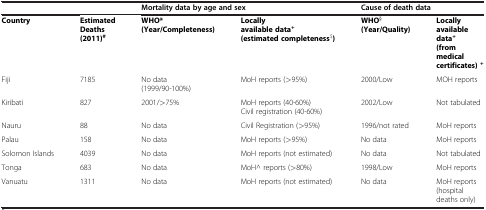
|  |  | <COLSPAN=2> Mortality data by age and sex | <COLSPAN=2> Cause of death data |
 | --- | --- | --- | --- | --- | --- |
 | Country | Estimated Deaths (2011)# | WHO* (Year/Completeness) | Locally available data+(estimated completeness$) | WHO§(Year/Quality) | Locally available data+(from medical certificates)+ |
 | Fiji | 7185 | No data(1999/90-100%) | MoH reports (>95%) | 2000/Low | MOH reports |
 | Kiribati | 827 | 2001/>75% | MoH reports (40-60%)Civil registration (40-60%) | 2002/Low | Not tabulated |
 | Nauru | 88 | No data | Civil Registration (>95%) | 1996/not rated | MoH reports |
 | Palau | 158 | No data | MoH reports (>95%) | No data | MoH reports |
 | Solomon Islands | 4039 | No data | MoH reports (not estimated) | No data | Not tabulated |
 | Tonga | 683 | No data | MoH^ reports (>80%) | 1998/Low | MoH reports |
 | Vanuatu | 1311 | No data | MoH reports (not estimated) | No data | MoH reports (hospital deaths only) |